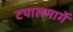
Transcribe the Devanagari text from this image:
टपालमार्गे